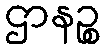
ဌာနဉ္စ